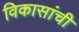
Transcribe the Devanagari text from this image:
विकासांची